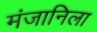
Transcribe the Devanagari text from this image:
मंजानिला